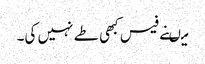
میںنے فیس کبھی طے نہیں کی۔